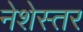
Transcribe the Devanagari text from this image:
नेशेस्तर